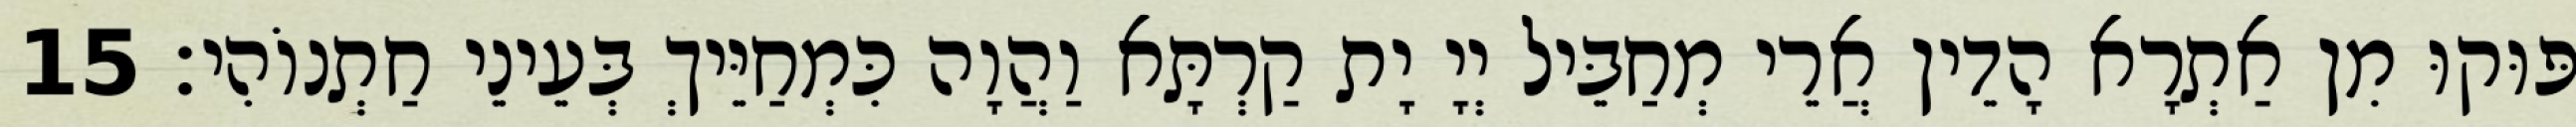
פּוּקוּ מִן אַתְרָא הָדֵין אֲרֵי מְחַבֵּיל יְיָ יָת קַרְתָּא וַהֲוָה כִּמְחַיֵּיךְ בְּעֵינֵי חַתְנוֹהִי׃ 15